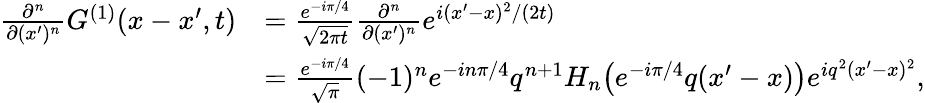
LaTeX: \begin{array}{rl}{\frac{\partial^{n}}{\partial(x^{\prime})^{n}}G^{(1)}(x-x^{\prime},t)}&{=\frac{e^{-i\pi/4}}{\sqrt{2\pi t}}\frac{\partial^{n}}{\partial(x^{\prime})^{n}}e^{i(x^{\prime}-x)^{2}/(2t)}}\\ &{=\frac{e^{-i\pi/4}}{\sqrt{\pi}}(-1)^{n}e^{-in\pi/4}q^{n+1}H_{n}\big(e^{-i\pi/4}q(x^{\prime}-x)\big)e^{iq^{2}(x^{\prime}-x)^{2}},}\end{array}